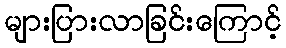
များပြားလာခြင်းကြောင့်